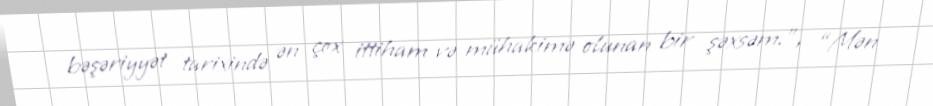
bəşəriyyət tarixində ən çox ittiham və mühakimə olunan bir şəxsəm.”, “Mən